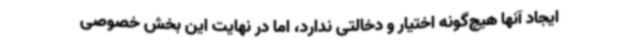
ایجاد آنها هیچ‌گونه اختیار و دخالتی ندارد، اما در نهایت این بخش خصوصی